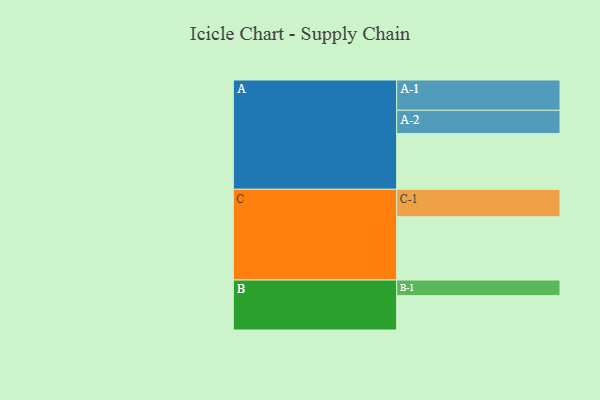
{"axis": {"x": "Segment", "y": "Value"}, "legend": ["", "A", "B", "C"], "data": [{"x": "A", "y": 504, "type": ""}, {"x": "B", "y": 311, "type": ""}, {"x": "C", "y": 573, "type": ""}, {"x": "A-1", "y": 274, "type": "A"}, {"x": "A-2", "y": 211, "type": "A"}, {"x": "B-1", "y": 141, "type": "B"}, {"x": "C-1", "y": 248, "type": "C"}]}